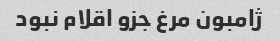
ژامبون مرغ جزو اقلام نبود